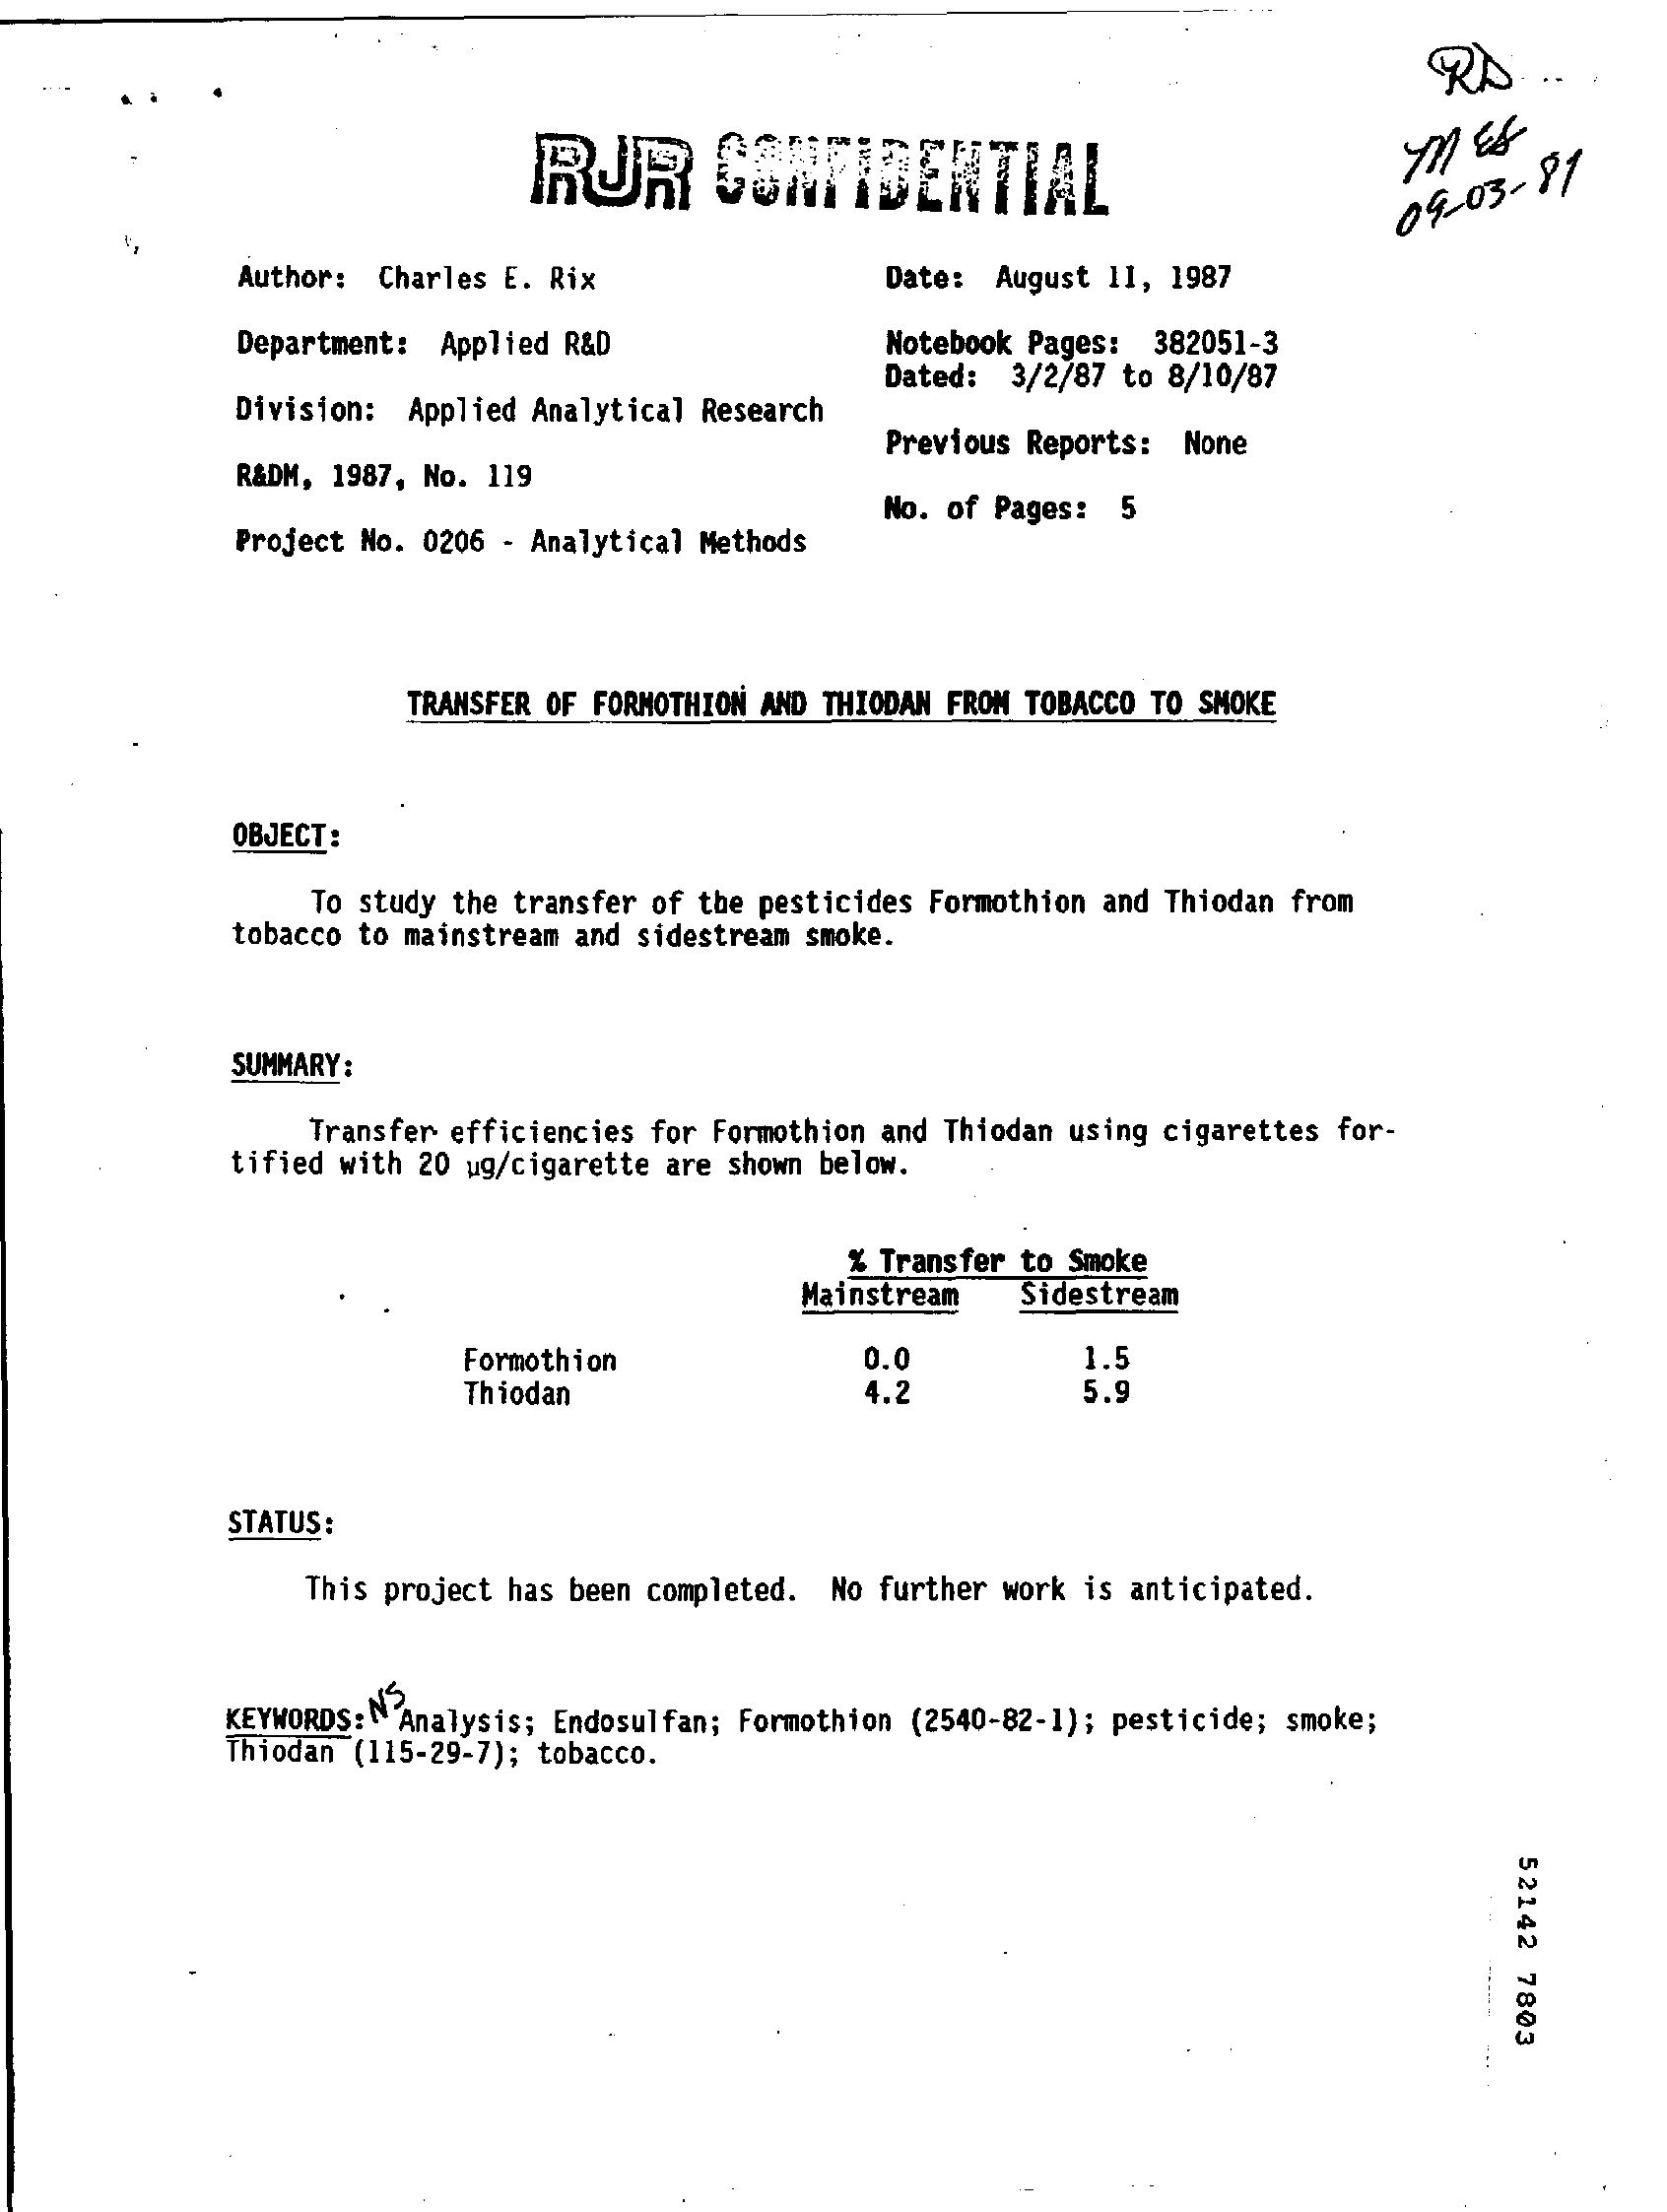
RD.
     RUR    CONFIDENTIAL    MES
     09-03-81
     Author: Charles E. Rix    Date: August 11, 1987
     Department: Applied R&D    Notebook Pages: 382051-3
     Division: Applied Analytical Research
     Dated: 3/2/87 to 8/10/87
     R&DM, 1987, No. 119
     Previous Reports: None
     Project No. 0206 - Analytical Methods
     No. of Pages: 5
     TRANSFER OF FORMOTHION AND THIODAN FROM TOBACCO TO SMOKE
     OBJECT:
     To study the transfer of the pesticides Formothion and Thiodan from
     tobacco to mainstream and sidestream smoke.
     SUMMARY:
     Transfer efficiencies for Formothion and Thiodan using cigarettes for-
     tified with 20 ug/cigarette are shown below.
     % Transfer to Smoke
     Mainstream   Sidestream
     Formothion    0.0    1.5
     Thiodan    4.2    5.9
     STATUS :
     This project has been completed. No further work is anticipated.
     KEYWORDS: NAnalysis; Endosulfan; Formothion (2540-82-1); pesticide; smoke;
     Thiodan (115-29-7); tobacco.
     52142
     7803